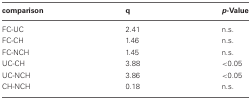
<table><thead><tr><td><b>comparison</b></td><td><b>q</b></td><td><b><i>p</i>-Value</b></td></tr></thead><tbody><tr><td>FC-UC</td><td>2.41</td><td>n.s.</td></tr><tr><td>FC-CH</td><td>1.46</td><td>n.s.</td></tr><tr><td>FC-NCH</td><td>1.45</td><td>n.s.</td></tr><tr><td>UC-CH</td><td>3.88</td><td>&lt;0.05</td></tr><tr><td>UC-NCH</td><td>3.86</td><td>&lt;0.05</td></tr><tr><td>CH-NCH</td><td>0.18</td><td>n.s.</td></tr></tbody></table>